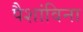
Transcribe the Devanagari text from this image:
पैशांविना